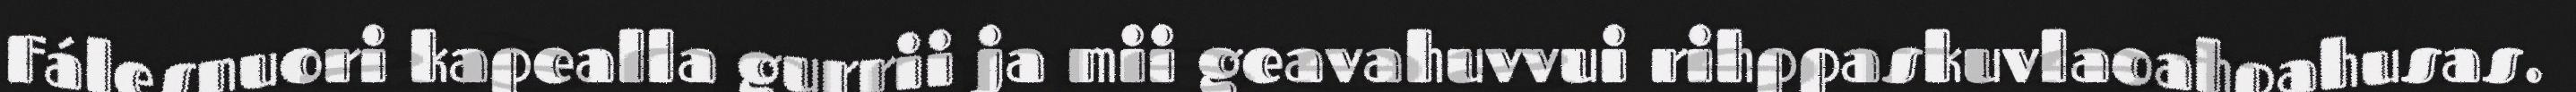
Fálesnuori kapealla gurrii ja mii geavahuvvui rihppaskuvlaoahpahusas.